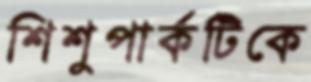
শিশুপার্কটিকে